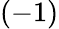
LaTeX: (-1)